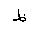
Letter: _za